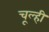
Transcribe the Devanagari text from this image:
चूल्ही